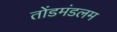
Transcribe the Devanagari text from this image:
तोंडमंडलम